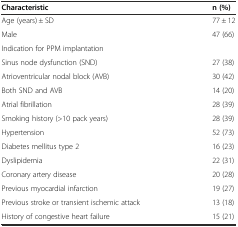
| Characteristic | n (%) |
 | --- | --- |
 | Age (years) ± SD | 77 ± 12 |
 | Male | 47 (66) |
 | Indication for PPM implantation |  |
 | Sinus node dysfunction (SND) | 27 (38) |
 | Atrioventricular nodal block (AVB) | 30 (42) |
 | Both SND and AVB | 14 (20) |
 | Atrial fibrillation | 28 (39) |
 | Smoking history (>10 pack years) | 28 (39) |
 | Hypertension | 52 (73) |
 | Diabetes mellitus type 2 | 16 (23) |
 | Dyslipidemia | 22 (31) |
 | Coronary artery disease | 20 (28) |
 | Previous myocardial infarction | 19 (27) |
 | Previous stroke or transient ischemic attack | 13 (18) |
 | History of congestive heart failure | 15 (21) |